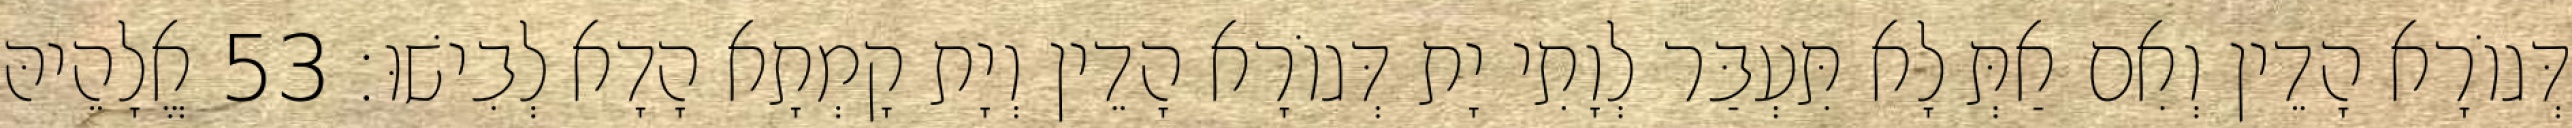
דְּגוֹרָא הָדֵין וְאִם אַתְּ לָא תִּעְבַּר לְוָתִי יָת דְּגוֹרָא הָדֵין וְיָת קָמְתָא הָדָא לְבִישׁוּ׃ 53 אֱלָהֵיהּ